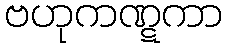
ဗဟုကဏ္ဋကာ